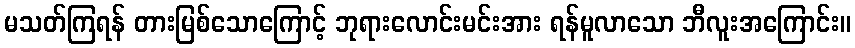
မသတ်ကြရန် တားမြစ်သောကြောင့် ဘုရားလောင်းမင်းအား ရန်မူလာသော ဘီလူးအကြောင်း။